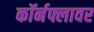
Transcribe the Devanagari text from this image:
कॉर्नफ्लावर